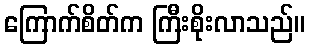
ကြောက်စိတ်က ကြီးစိုးလာသည်။